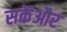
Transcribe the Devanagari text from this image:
सकेंऔर